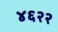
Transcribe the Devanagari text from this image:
४६२२